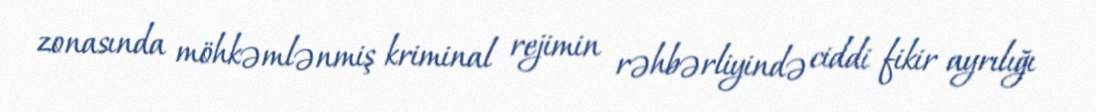
zonasında möhkəmlənmiş kriminal rejimin rəhbərliyində ciddi fikir ayrılığı